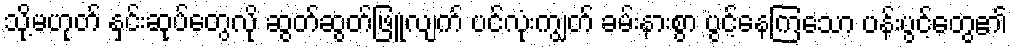
သို့မဟုတ် နှင်းဆုပ်တွေလို ဆွတ်ဆွတ်ဖြူလျက် ပင်လုံးကျွတ် ခမ်းနားစွာ ပွင့်နေကြသော ပန်းပွင့်တွေ၏